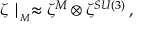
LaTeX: \zeta \mid _ { _ M } \approx \zeta ^ { M } \otimes \zeta ^ { S U ( 3 ) } \, ,